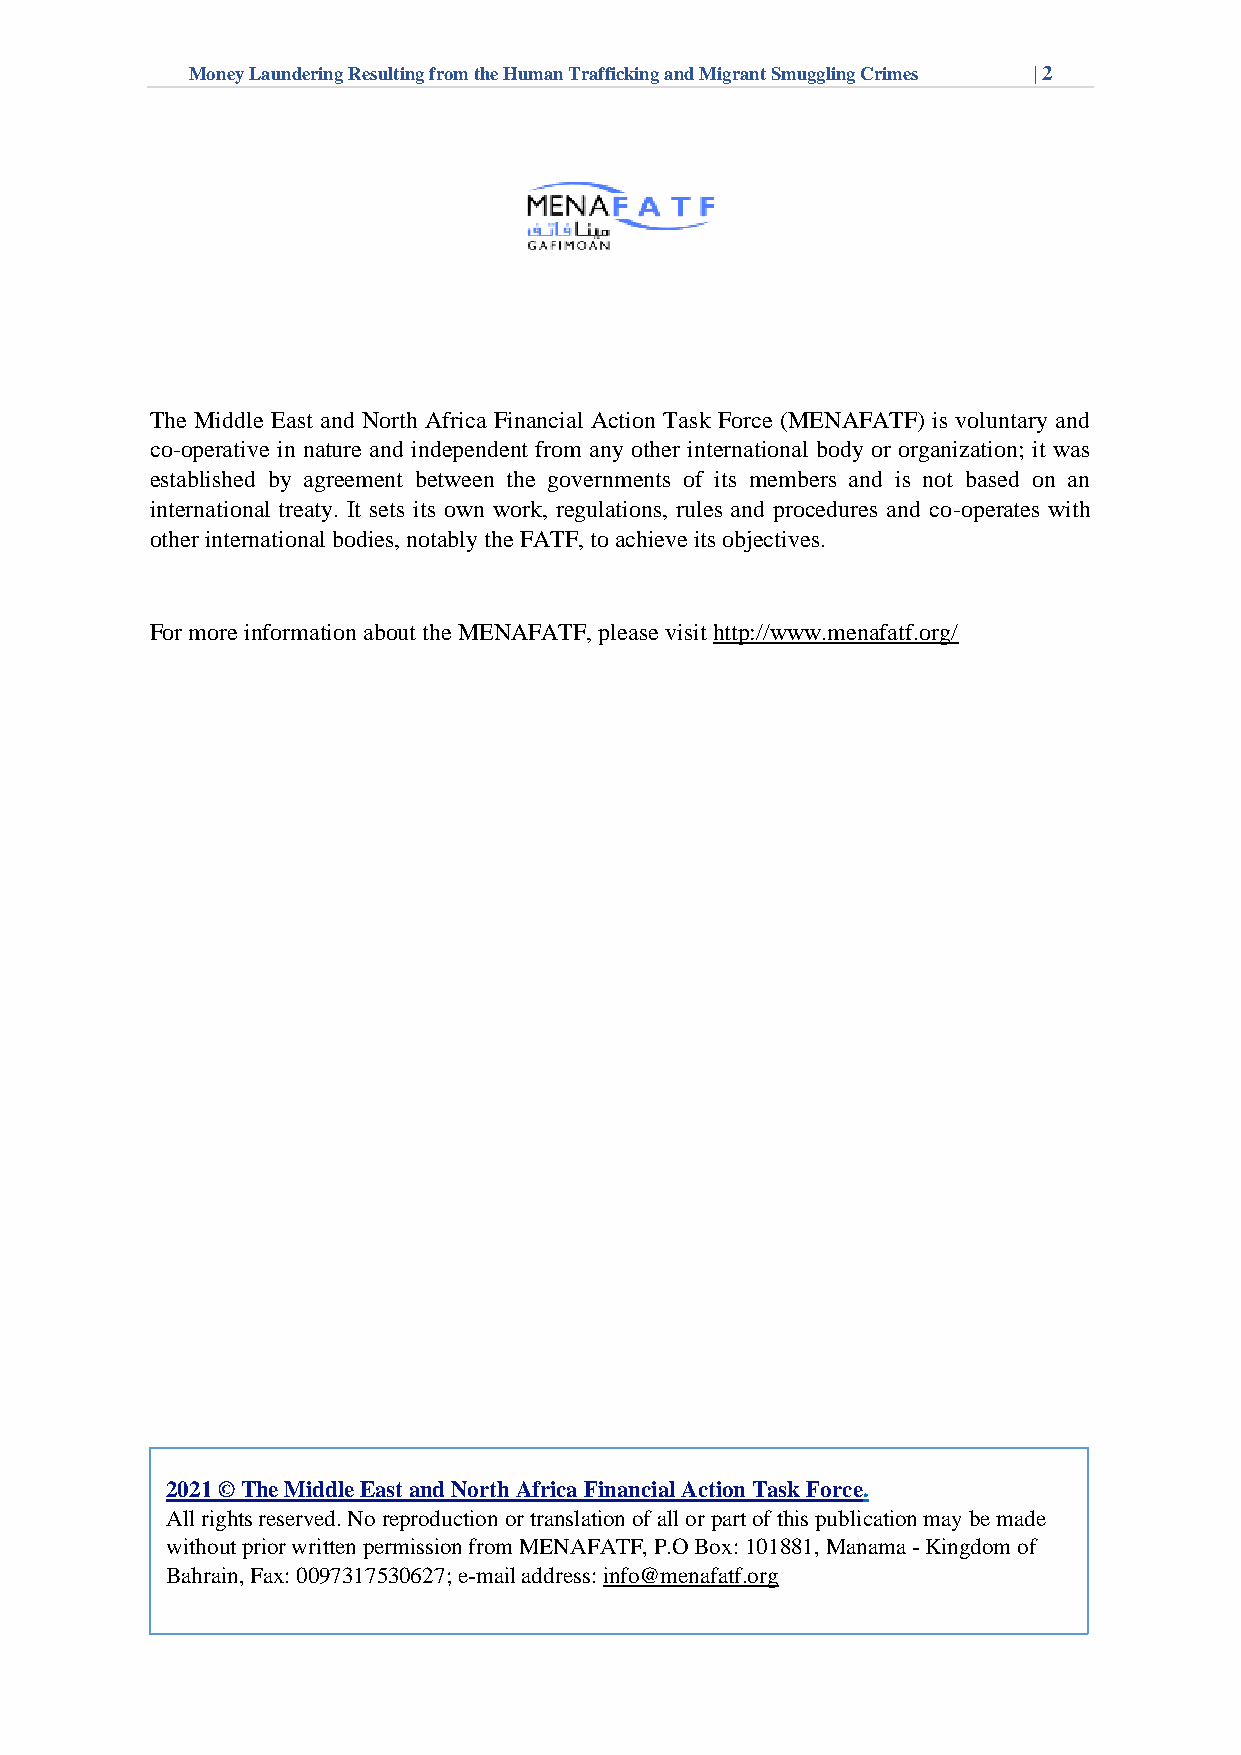
Money Laundering Resulting from the Human Trafficking and Migrant Smuggling Crimes | 2
 The Middle East and North Africa Financial Action Task Force (MENAFATF) is voluntary and
 co-operative in nature and independent from any other international body or organization; it was
 established by agreement between the governments of its members and is not based on an
 international treaty. It sets its own work, regulations, rules and procedures and co-operates with
 other international bodies, notably the FATF, to achieve its objectives.
 For more information about the MENAFATF, please visit http://www.menafatf.org/
 2021 © The Middle East and North Africa Financial Action Task Force.
 All rights reserved. No reproduction or translation of all or part of this publication may be made
 without prior written permission from MENAFATF, P.O Box: 101881, Manama - Kingdom of
 Bahrain, Fax: 0097317530627; e-mail address: info@menafatf.org